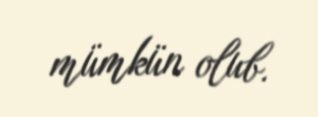
mümkün olub.